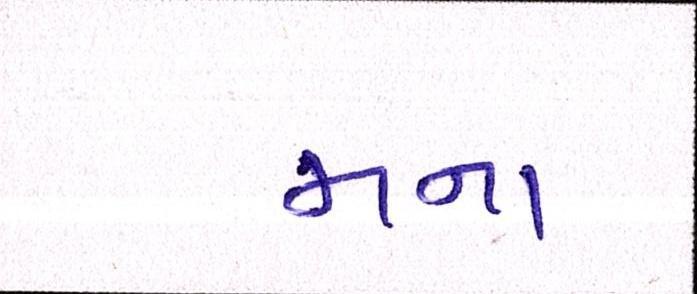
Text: મના